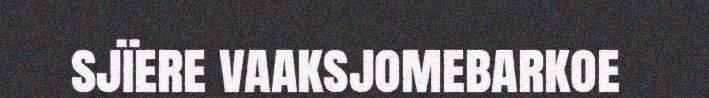
sjïere vaaksjomebarkoe